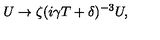
U \rightarrow \zeta ( i \gamma T + \delta ) ^ { - 3 } U ,